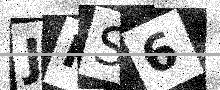
Text: JPS6